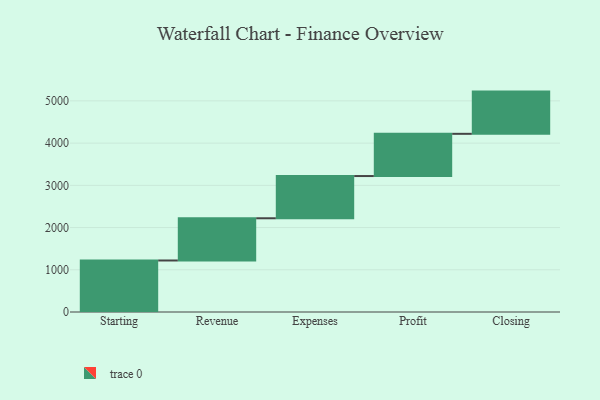
{"axis": {"x": "Step", "y": "Value"}, "legend": [""], "data": [{"x": "Starting", "y": 1220.0, "type": ""}, {"x": "Revenue", "y": 1000, "type": ""}, {"x": "Expenses", "y": 1000, "type": ""}, {"x": "Profit", "y": 1000, "type": ""}, {"x": "Closing", "y": 1000, "type": ""}]}